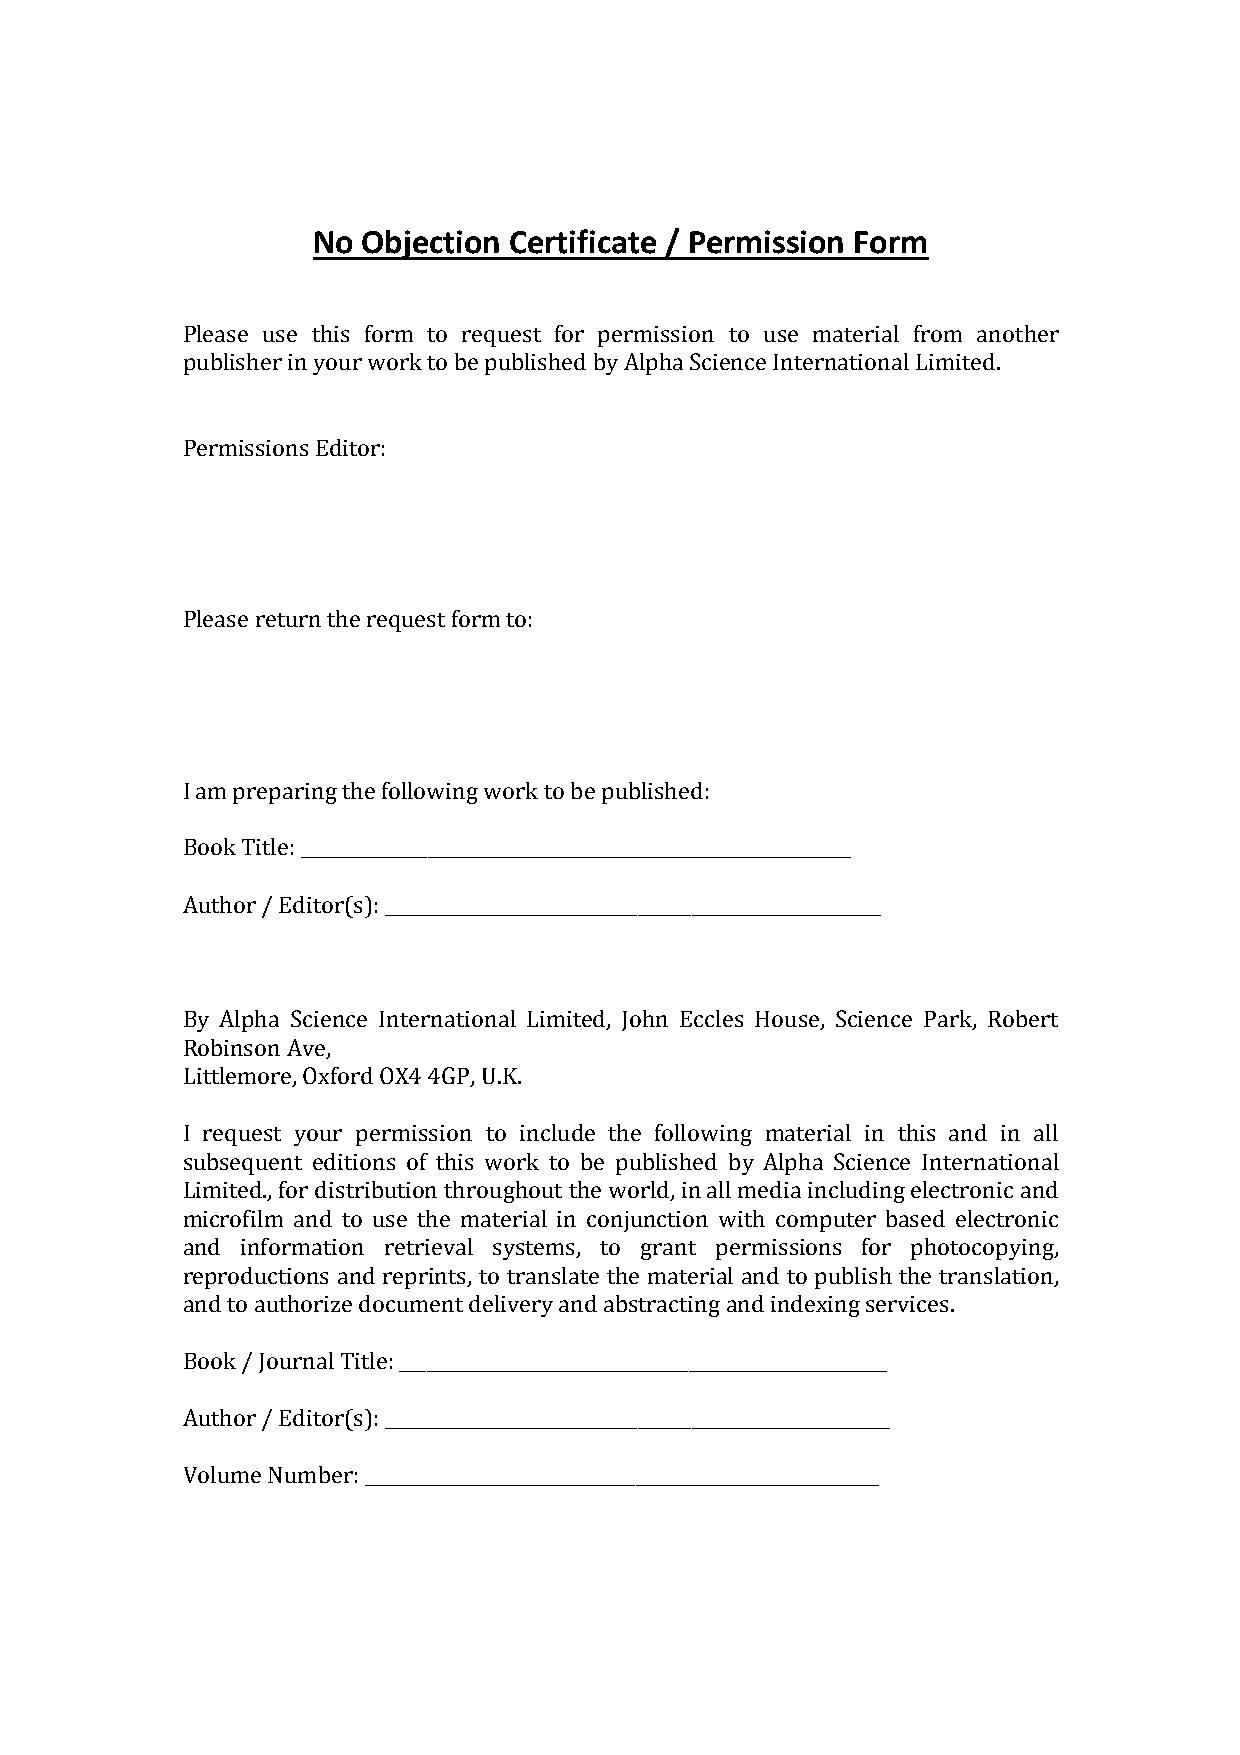
No Objection Certificate / Permission Form
 Please use this form to request for permission to use material from another
 publisher in your work to be published by Alpha Science International Limited.
 Permissions Editor:
 Please return the request form to:
 I am preparing the following work to be published:
 Book Title: _____________________________________________________________
 Author / Editor(s): _______________________________________________________
 By Alpha Science International Limited, John Eccles House, Science Park, Robert
 Robinson Ave,
 Littlemore, Oxford OX4 4GP, U.K.
 I request your permission to include the following material in this and in all
 subsequent editions of this work to be published by Alpha Science International
 Limited., for distribution throughout the world, in all media including electronic and
 microfilm and to use the material in conjunction with computer based electronic
 and information retrieval systems, to grant permissions for photocopying,
 reproductions and reprints, to translate the material and to publish the translation,
 and to authorize document delivery and abstracting and indexing services.
 Book / Journal Title: ______________________________________________________
 Author / Editor(s): ________________________________________________________
 Volume Number: _________________________________________________________